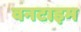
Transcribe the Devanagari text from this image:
वनटाइम